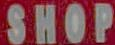
SHOP